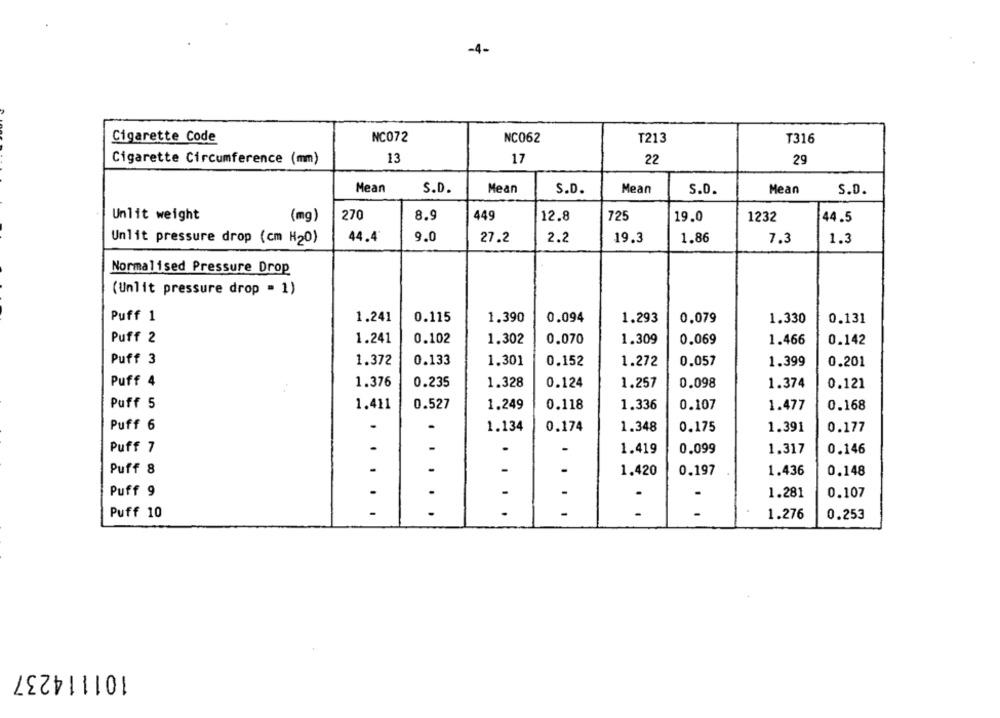
Cigarette Code
NC072
NC062
T213
T316
Cigarette Circumference (mm)
13
17
22
29
Mean
S.D.
Mean
S.D.
Mean
S.D.
Mean
S.D.
Unlit weight
270
8.9
449
(mg)
12.8
725
19.0
1232
44.5
44.4
9.0
Unlit pressure drop (cm H20)
27.2
2.2
19.3
1.86
7.3
1.3
Normalised Pressure Drop
(Unlit pressure drop = 1)
Puff 1
1.241
0.115
1.390
0.094
1.293
0,079
1.330
0.131
Puff 2
1.241
0.102
1.302
0.070
1.309
0.069
1.466
0.142
Puff 3
1.372
0.133
1.301
0.152
1.272
0.057
1.399
0.201
Puff 4
1.376
0.235
1.328
0.124
1.257
0.098
1.374
0.121
..
Puff 5
1.411
0.527
1.249
0.118
1.336
0.107
1.477
0.168
Puff 6
.
.
1.134
0.174
1.348
0.175
1.391
0.177
Puff 7
.
-
.
1.419
0.099
1.317
0.146
Puff 8
-
1.420
0.197
1.436
0.148
Puff 9
-
1.281
0.107
.
Puff 10
-
.. ...
..
-
1.276
0.253
101114237